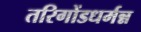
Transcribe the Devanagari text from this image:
तरिगोंडधर्मन्न